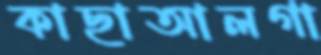
কাছাআলগা